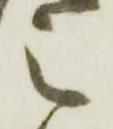
之